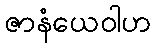
ဇာနံယေဝါဟ